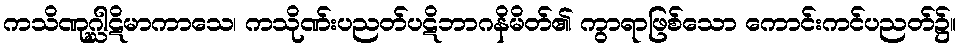
ကသိဏုဂ္ဃါဋိမာကာသေ၊ ကသိုဏ်းပညတ်ပဋိဘာဂနိမိတ်၏ ကွာရာဖြစ်သော ကောင်းကင်ပညတ်၌။